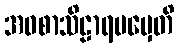
အဝစာသိဠာရပမှေတိ